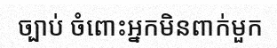
ច្បាប់ ចំពោះអ្នកមិនពាក់មួក